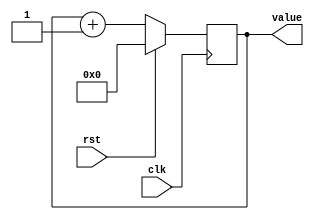
/*
   This file was generated automatically by Alchitry Labs version 1.2.7.
   Do not edit this file directly. Instead edit the original Lucid source.
   This is a temporary file and any changes made to it will be destroyed.
*/

/*
   Parameters:
     SIZE = SLOWCLOCK_SIZE
     DIV = 0
     TOP = 0
     UP = 1
*/
module counter_21 (
    input clk,
    input rst,
    output reg [21:0] value
  );
  
  localparam SIZE = 5'h16;
  localparam DIV = 1'h0;
  localparam TOP = 1'h0;
  localparam UP = 1'h1;
  
  
  reg [21:0] M_ctr_d, M_ctr_q = 1'h0;
  
  localparam MAX_VALUE = 1'h0;
  
  always @* begin
    M_ctr_d = M_ctr_q;
    
    value = M_ctr_q;
    if (1'h1) begin
      M_ctr_d = M_ctr_q + 1'h1;
      if (1'h0 && M_ctr_q == 1'h0) begin
        M_ctr_d = 1'h0;
      end
    end else begin
      M_ctr_d = M_ctr_q - 1'h1;
      if (1'h0 && M_ctr_q == 1'h0) begin
        M_ctr_d = 1'h0;
      end
    end
  end
  
  always @(posedge clk) begin
    if (rst == 1'b1) begin
      M_ctr_q <= 1'h0;
    end else begin
      M_ctr_q <= M_ctr_d;
    end
  end
  
endmodule